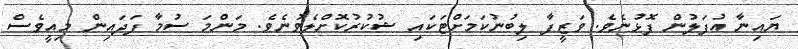
ޔައިނާ އުފަލުން ފޮޅުނެވެ. ވަޒީފާ ލިބުނުކަމަށްޓަކައި ޝުކުރުކޮށްލެވުނެވެ. މަންމަ ސުމާ ފަދައިން މިއީވެސް